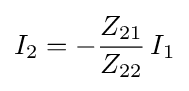
I_{2}=-{Z_{21} \over Z_{22}}\,I_{1}